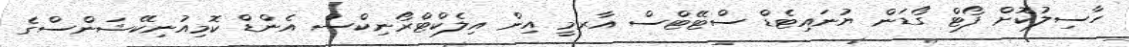
ހާސިލުކޮށް ފޯޓް ގޯޑަން ޔުނައިޓެޑް ސްޓޭޓްސް އާރމީ އިން އިލެކްޓްރޯނިކްސް އެންޑް ކޮމިއުނިކޭޝަންސްގެ